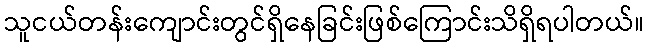
သူငယ်တန်းကျောင်းတွင်ရှိနေခြင်းဖြစ်ကြောင်းသိရှိရပါတယ်။